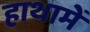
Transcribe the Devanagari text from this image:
हाथामें